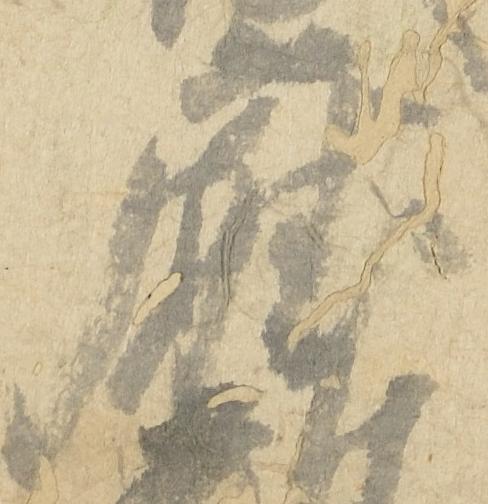
庁